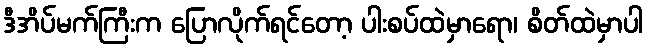
ဒီအိပ်မက်ကြီးက ပြောလိုက်ရင်တော့ ပါးစပ်ထဲမှာရော၊ စိတ်ထဲမှာပါ